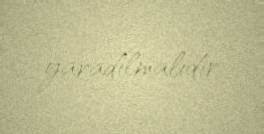
yaradılmalıdır.